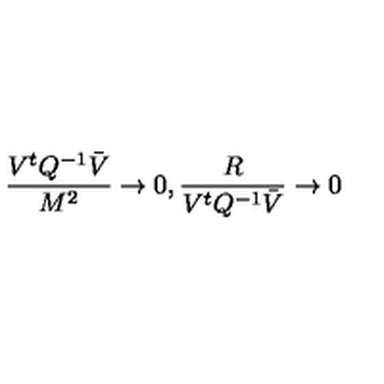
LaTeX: \frac { V ^ { t } { Q } ^ { - 1 } \bar { V } } { M ^ { 2 } } \to 0 , \frac { R } { V ^ { t } { Q } ^ { - 1 } \bar { V } } \to 0